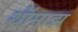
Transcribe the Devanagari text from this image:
थॉमाझ